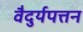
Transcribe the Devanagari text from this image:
वैदुर्यपत्तन